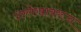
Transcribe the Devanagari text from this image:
उल्लेखावरून